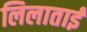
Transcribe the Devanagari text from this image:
लिलाताई